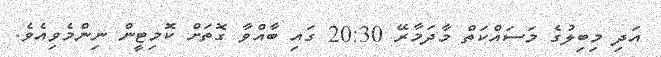
އަދި މިބިލުގެ މަސައްކަތް މާދަމާރޭ 20:30 ގައި ބާއްވާ ގޮތަށް ކޮމިޓީން ނިންމެވިއެވެ.